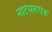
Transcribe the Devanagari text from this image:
नाटयरूपक